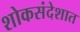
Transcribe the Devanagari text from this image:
शोकसंदेशात